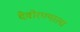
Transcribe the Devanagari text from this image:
देवोरण्याला